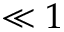
\ll 1